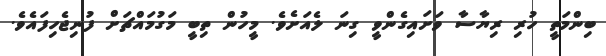
ބިންމަތީ ހުރި ރިޔާސާ ވަށައިގެންވީ ގިނަ ލެއަށެވެ. މީހުން ތިބީ މަގުމައްޗަށް ފުނިޖެހިފައެވެ.